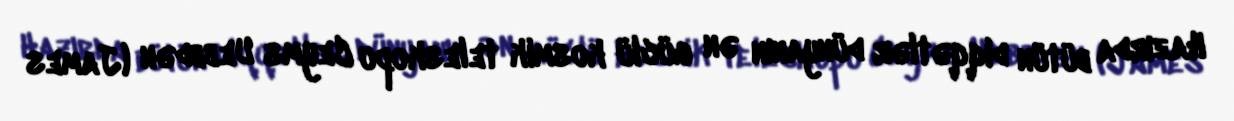
Hazırda bütün diqqətlər dünyanın ən güclü kosmik teleskopu Ceyms Uebbdən (James